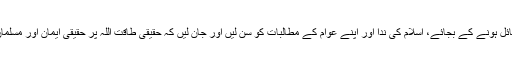
لہذا امریکہ اور اس کے علاقائی حلیفوں کی جانب مائل ہونے کے بجائے، اسلام کی ندا اور اپنے عوام کے مطالبات کو سن لیں اور جان لیں کہ حقیقی طاقت اللہ پر حقیقی ایمان اور مسلمان عوام کی طاقت پر بھروسا کرنے میں مضمر ہے۔